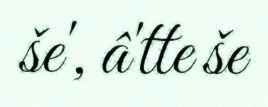
še', â'tte še